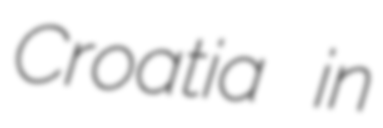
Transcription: Croatia in